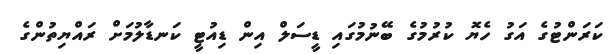
ކަރަންޓުގެ އަގު ހެޔޮ ކުރުމުގެ ބޭނުމުގައި ޑީސަލް އިން ޑިއުޓީ ކަނޑާލުމަށް ރައްޔިތުންގެ